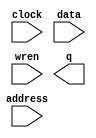
module Buffer (
	address,
	clock,
	data,
	wren,
	q);

	input	[14:0]  address;
	input	  clock;
	input	[7:0]  data;
	input	  wren;
	output	[7:0]  q;
`ifndef ALTERA_RESERVED_QIS
// synopsys translate_off
`endif
	tri1	  clock;
`ifndef ALTERA_RESERVED_QIS
// synopsys translate_on
`endif

endmodule